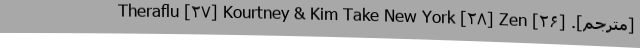
[مترجم]. [۲۶] Theraflu [۲۷] Kourtney & Kim Take New York [۲۸] Zen